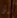
رش